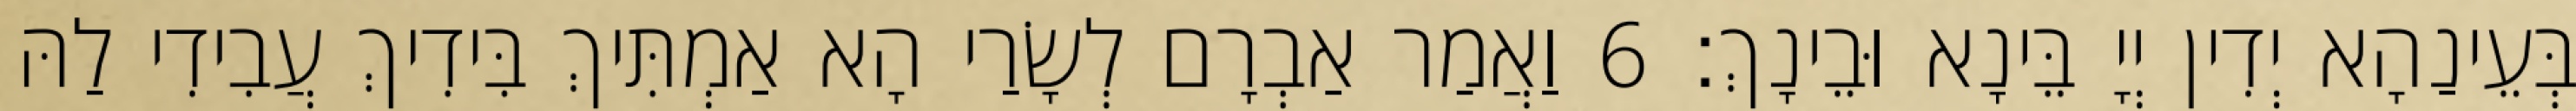
בְּעֵינַהָא יְדִין יְיָ בֵּינָא וּבֵינָךְ׃ 6 וַאֲמַר אַבְרָם לְשָׂרַי הָא אַמְתִּיךְ בִּידִיךְ עֲבִידִי לַהּ